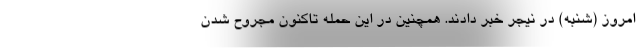
امروز (شنبه) در نیجر خبر دادند. همچنین در این حمله تاکنون مجروح شدن